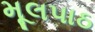
મૂલપાઠ